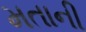
મતાની